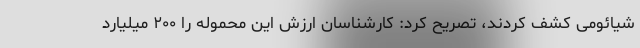
شیائومی کشف کردند، تصریح کرد: کارشناسان ارزش این محموله را ۲۰۰ میلیارد